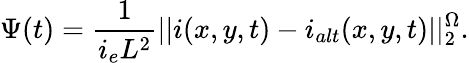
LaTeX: \Psi(t)=\frac{1}{i_{e}L^{2}}||i(x,y,t)-i_{alt}(x,y,t)||_{2}^{\Omega}.